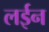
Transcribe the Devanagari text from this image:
लईन